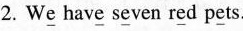
2.W\underline{e} hav\underline{e} s\underline{e}ven r\underline{e}d p\underline{e}ts.